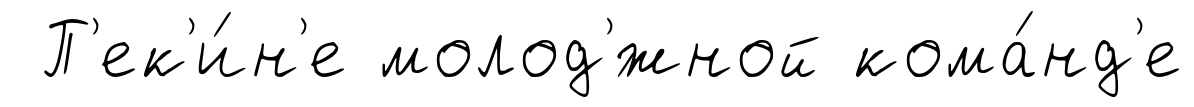
П'ек'и́н'е молод'́жной кома́нд'е